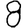
Digit: 8